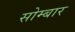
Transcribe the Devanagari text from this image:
सोम्बार